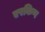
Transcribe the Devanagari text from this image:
एरकिण